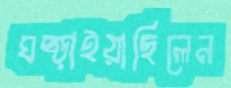
ঘষ্‌ড়াইয়াছিলেন